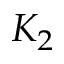
K _ { 2 }